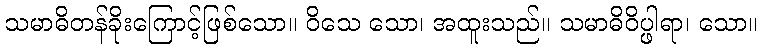
သမာဓိတန်ခိုးကြောင့်ဖြစ်သော။ ဝိသေ သော၊ အထူးသည်။ သမာဓိဝိပ္ဖါရာ၊ သော။